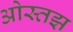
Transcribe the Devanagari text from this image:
ओस्तझ